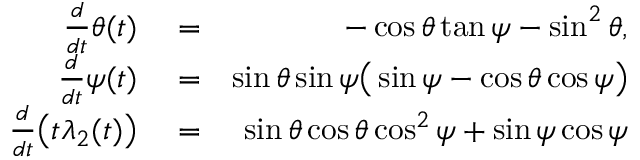
\begin{array} { r l r } { \frac { d } { d t } \theta ( t ) } & { { } = } & { - \cos { \theta } \tan { \psi } - \sin ^ { 2 } { \theta } , } \\ { \frac { d } { d t } \psi ( t ) } & { { } = } & { \sin { \theta } \sin { \psi } \big ( \sin { \psi } - \cos { \theta } \cos { \psi } \big ) } \\ { \frac { d } { d t } \big ( t \lambda _ { 2 } ( t ) \big ) } & { { } = } & { \sin { \theta } \cos { \theta } \cos ^ { 2 } { \psi } + \sin { \psi } \cos { \psi } } \end{array}